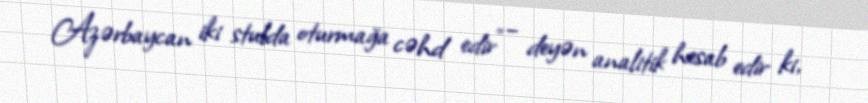
Azərbaycan iki stulda oturmağa cəhd edir” – deyən analitik hesab edir ki,